Civil Veterinary Dept. Bombay admin report 1923-31 - 1923-1931
Year: 1923
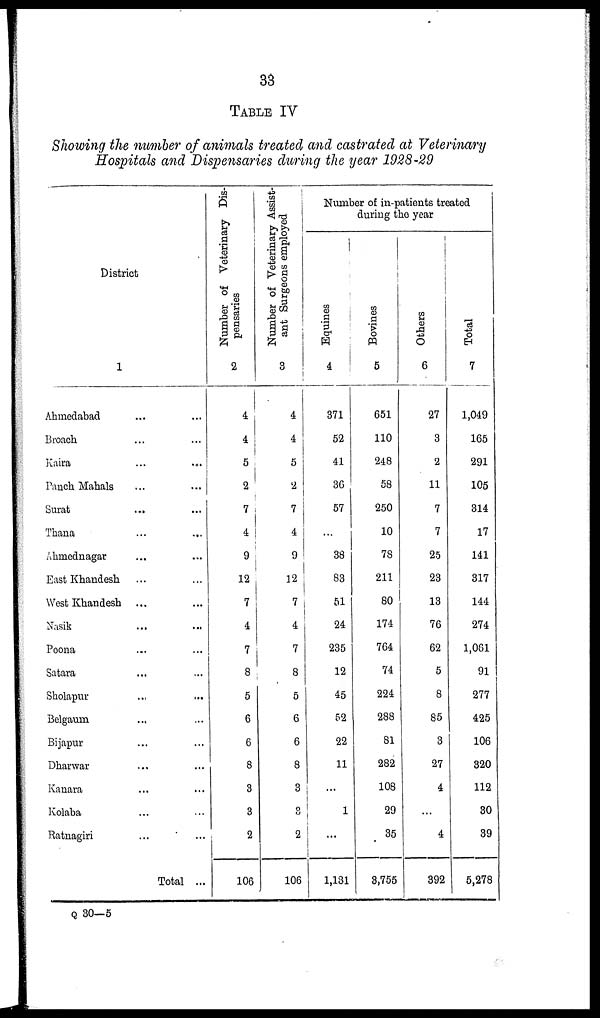
33
TABLE IV
Showing the number of animals treated and castrated at Veterinary
Hospitals and Dispensaries during the year 1928-29
District
1
Ahmedabad ... ...
Broach ... ...
Kaira ... ...
Panch Mahals ... ...
Surat ... ...
Thana ... ...
Ahmednagar ... ...
East Khandesh ... ...
West Khandesh ...
Nasik
... ...
Poona ... ...
Satara ... ...
Sholapur
...
...
Belgaum ... ...
Bijapur ... ...
Dharwar ... ...
Kanara ... ...
Kolaba ... ...
Ratnagiri ... ...
Total ...
Number of Veterinary Dis-
pensaries
2
4
4
5
2
7
4
9
12
7
4
7
8
5
6
6
8
3
3
2
106
Number of Veterinary Assist-
ant Surgeons employed
3
4
4
5
2
7
4
9
12
7
4
7
8
5
6
6
8
3
3
2
106
Number of in-patients treated
during the year
Equines
4
371
52
41
36
57
...
38
83
51
24
235
12
45
52
22
11
...
1
...
1,131
Bovines
5
651
110
248
58
250
10
78
211
80
174
764
74
224
288
81
282
108
29
35
3,755
Others
6
27
3
2
11
7
7
25
23
13
76
62
5
8
85
3
27
4
...
4
392
Tot al
7
1,049
165
291
105
314
17
141
317
144
274
1,061
91
277
425
106
320
112
30
39
5,278
Q 30—5